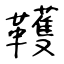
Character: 韄